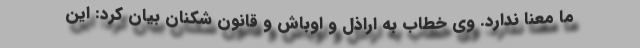
ما معنا ندارد. وی خطاب به اراذل و اوباش و قانون شکنان بیان کرد: این